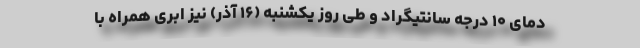
دمای ۱۰ درجه سانتیگراد و طی روز یکشنبه (۱۶ آذر) نیز ابری همراه با